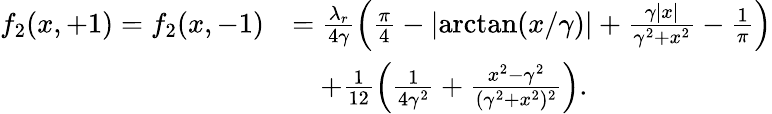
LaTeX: \begin{array}{rl}{f_{2}(x,+1)=f_{2}(x,-1)}&{=\frac{\lambda_{r}}{4\gamma}\left(\frac{\pi}{4}-\lvert\arctan(x/\gamma)\rvert+\frac{\gamma\lvert x\rvert}{\gamma^{2}+x^{2}}-\frac{1}{\pi}\right)}\\ &{\quad+\frac{1}{12}\left(\frac{1}{4\gamma^{2}}+\frac{x^{2}-\gamma^{2}}{(\gamma^{2}+x^{2})^{2}}\right).}\end{array}